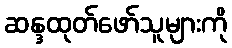
ဆန္ဒထုတ်ဖော်သူများကို